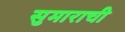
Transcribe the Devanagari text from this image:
सुमाराची